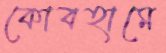
কোবহামে